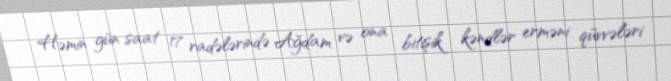
Həmin gün saat 17 radələrində Ağdam və ona bitişik kəndlər erməni qüvvələri